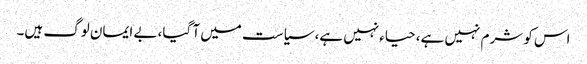
اس کو شرم نہیں ہے، حیاءنہیں ہے، سیاست میں آ گیا، بے ایمان لوگ ہیں۔